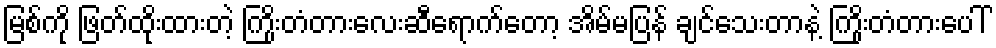
မြစ်ကို ဖြတ်ထိုးထားတဲ့ ကြိုးတံတားလေးဆီရောက်တော့ အိမ်မပြန် ချင်သေးတာနဲ့ ကြိုးတံတားပေါ်